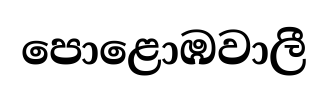
පොළොඹවාලී